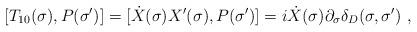
LaTeX: \begin{align*}[T_{10}(\sigma),P(\sigma')]=[\dot{X}(\sigma)X'(\sigma),P(\sigma')]=i\dot{X}(\sigma)\partial_{\sigma}\delta_D(\sigma,\sigma')\ ,\end{align*}